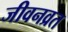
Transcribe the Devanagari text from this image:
जीवनव्रत